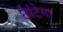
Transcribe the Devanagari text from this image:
छांटेगा